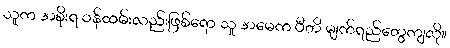
သူက အစိုးရ ဝန်ထမ်းလည်းဖြစ်ရော သူ အမေက ပီတိ မျက်ရည်တွေကျလို။